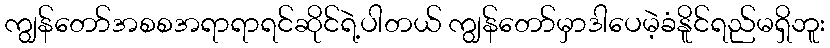
ကျွန်တော်အစစအရာရာရင်ဆိုင်ရဲ့ပါတယ် ကျွန်တော်မှာဒါပေမဲ့ခံနိူင်ရည်မရှိဘူး